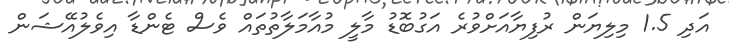
އަދި 1.5 މިލިޔަން ރުފިޔާއަށްވުރެ އަގުބޮޑު މާލީ މުއާމަލާތުތައް ވެސް ޓެންޑާ އިވެލުއޭޝަން